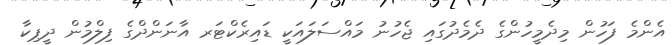
އެންމެ ފަހުން މިދެމީހުންގެ ދެމެދުގައި ޖެހުނު މައްސަލައަކީ ޑައިރެކްޓަރ އާނަންދްގެ ފިލްމުން ދީޕިކާ